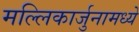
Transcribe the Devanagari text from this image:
मल्लिकार्जुनामध्ये